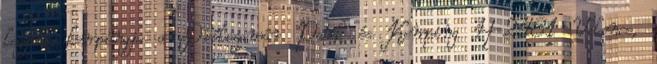
legjobb kempingje a Drótszamár Park és Kemping H-2481 Velence,